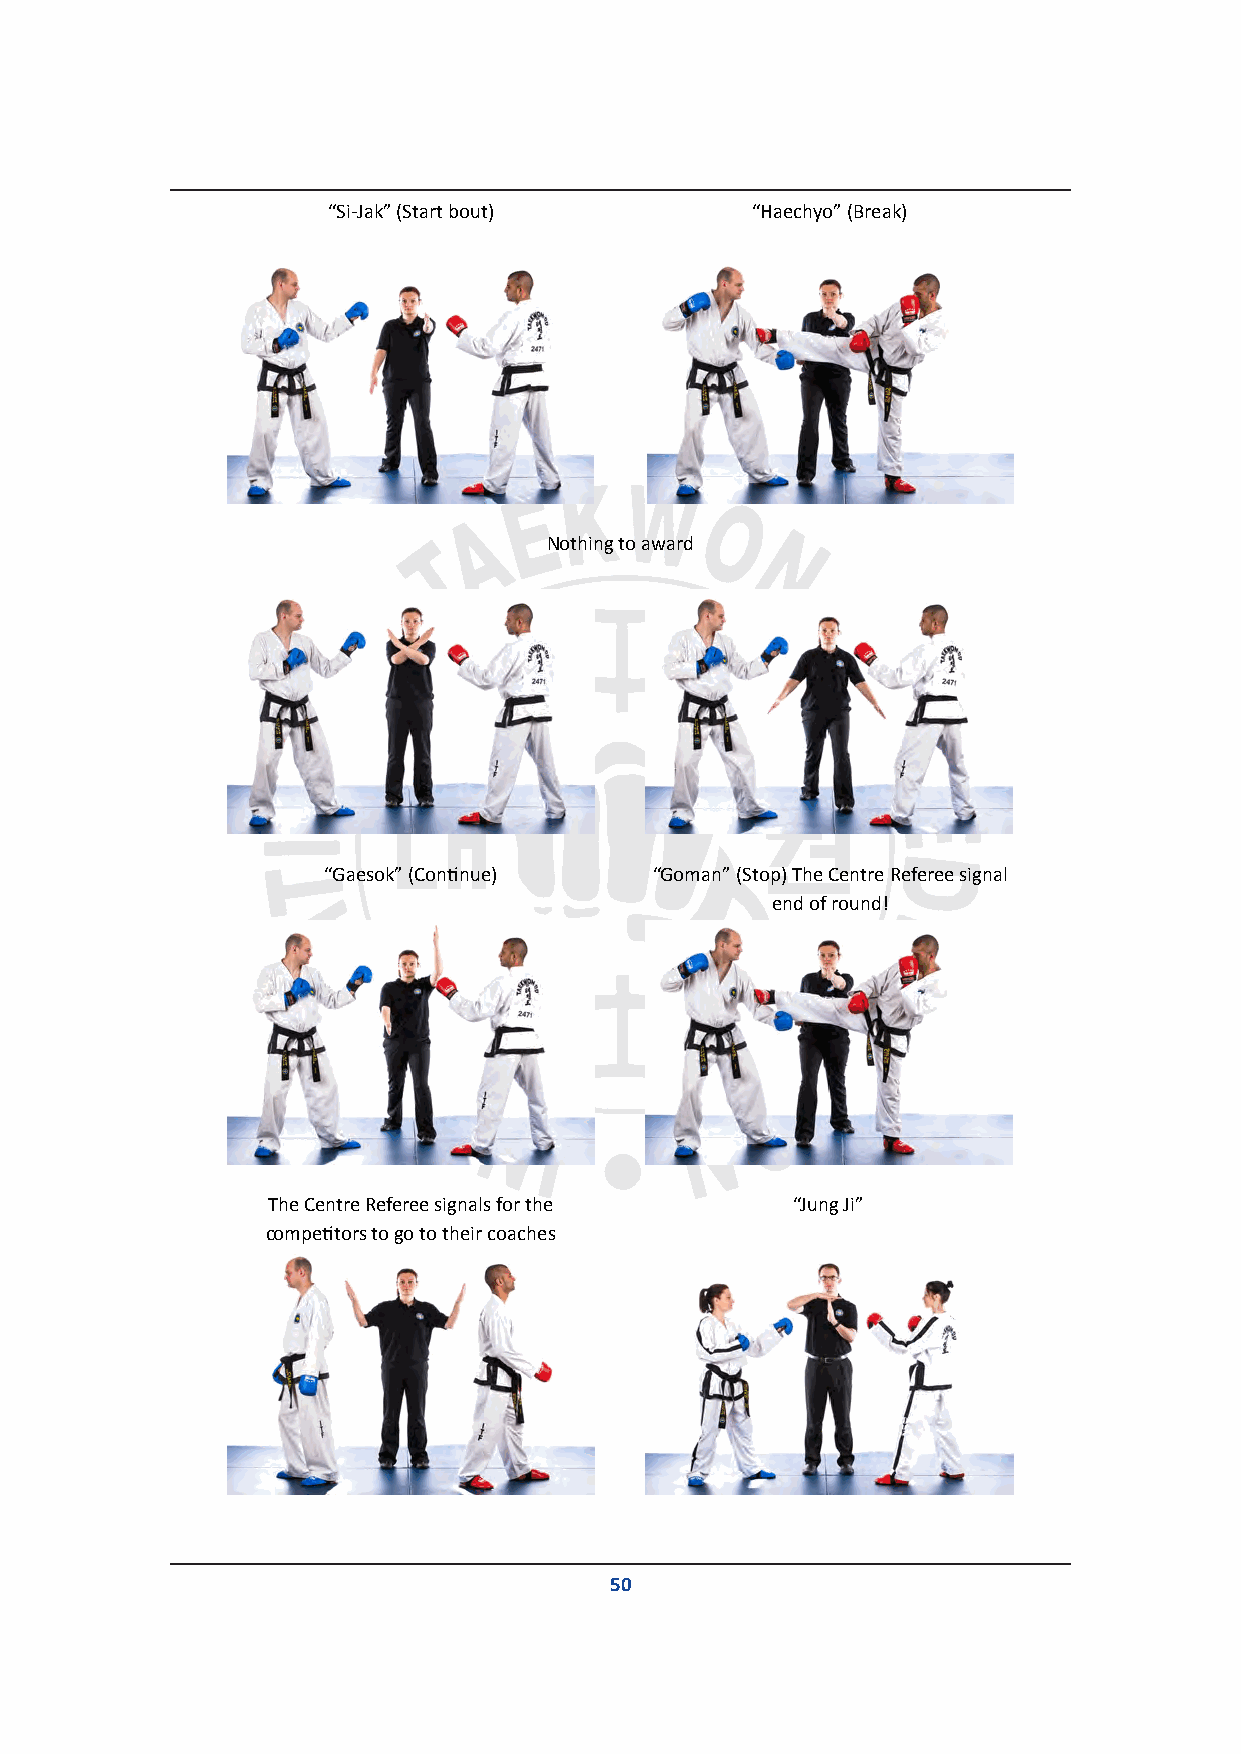
“Si-Jak” (Start bout)       “Haechyo” (Break)
 Nothing to award
 “Gaesok” (Continue)   “Goman” (Stop) The Centre Referee signal
 end of round!
 The Centre Referee signals for the “Jung Ji”
 competitors to go to their coaches
 50